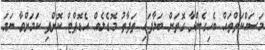
މަސައްކަތްތައް ބެހިގެންދާ ގޮތަށް ބަލާފައި ތަފާތު މޮޑެލެއް އެޑޮޕްޓް ކޮށްފި ކަމަށްވާ ނަމަ